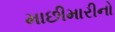
માછીમારીનો